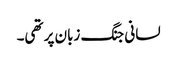
لسانی جنگ زبان پر تھی۔